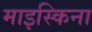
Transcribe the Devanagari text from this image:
माइस्किना